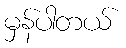
မှန်ပါတယ်